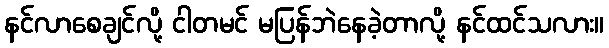
နင်လာစေချင်လို့ ငါတမင် မပြန်ဘဲနေခဲ့တာလို့ နင်ထင်သလား။